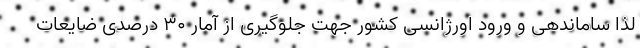
لذا ساماندهی و ورود اورژانسی کشور جهت جلوگیری از آمار ۳۰ درصدی ضایعات